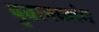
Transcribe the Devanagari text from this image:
युवानच्यांग